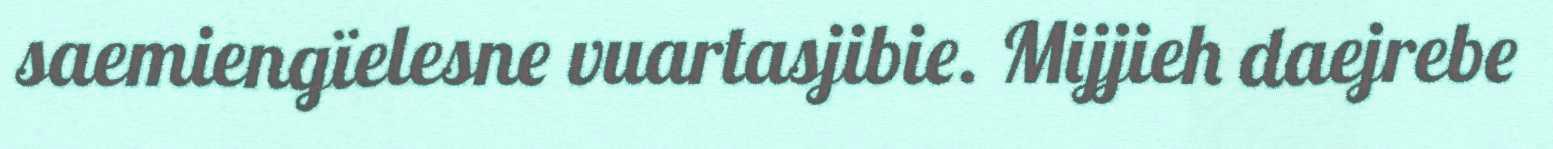
saemiengïelesne vuartasjibie. Mijjieh daejrebe